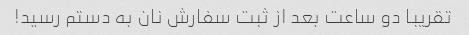
تقریبا دو ساعت بعد از ثبت سفارش نان به دستم رسید!